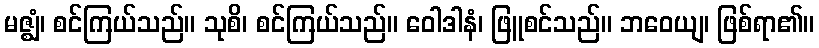
မဇ္ဈံ၊ စင်ကြယ်သည်။ သုစိ၊ စင်ကြယ်သည်။ ဝေါဒါနံ၊ ဖြူစင်သည်။ ဘဝေယျ၊ ဖြစ်ရာ၏။